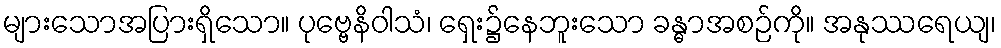
များသောအပြားရှိသော။ ပုဗ္ဗေနိဝါသံ၊ ရှေး၌နေဘူးသော ခန္ဓာအစဉ်ကို။ အနုဿရေယျ၊